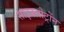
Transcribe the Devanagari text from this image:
साइक्लोट्रोंन